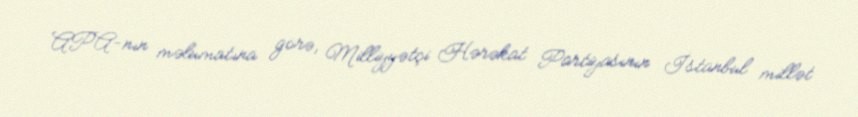
APA-nın məlumatına görə, Milliyyətçi Hərəkat Partiyasının İstanbul millət